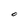
Character: O